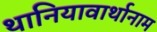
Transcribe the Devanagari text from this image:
थानियावार्थानाम